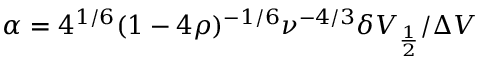
\alpha = 4 ^ { 1 / 6 } ( 1 - 4 \rho ) ^ { - 1 / 6 } \nu ^ { - 4 / 3 } \delta V _ { \frac { 1 } { 2 } } / \Delta V